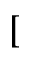
[